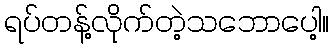
ရပ်တန့်လိုက်တဲ့သဘောပေါ့။